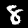
Label: 8